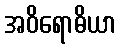
အဝိရောဓိယာ